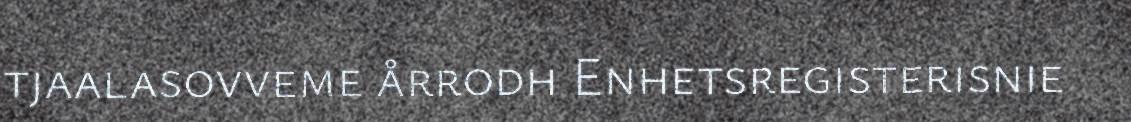
tjaalasovveme årrodh Enhetsregisterisnie